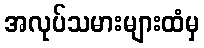
အလုပ်သမားများထံမှ